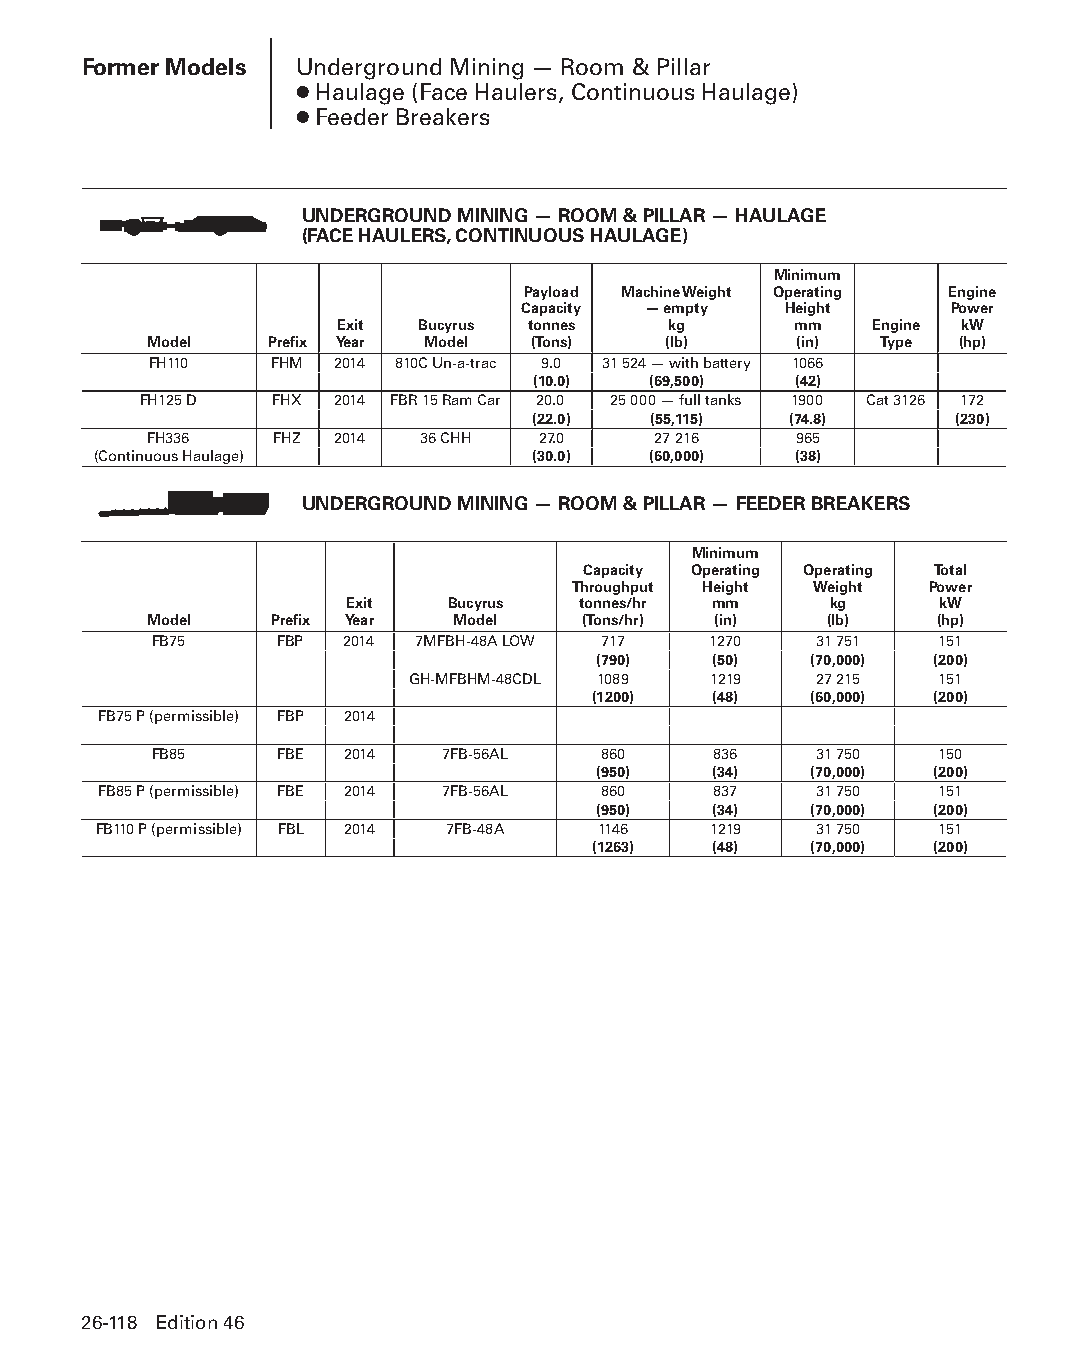
Former Models Underground Mining — Room & Pillar
 ● Haulage (Face Haulers, Continuous Haulage)
 ● Feeder Breakers
 UNDERGROUND MINING — ROOM & PILLAR — HAULAGE
 (FACE HAULERS, CONTINUOUS HAULAGE)
 Minimum
 Payload Machine Weight Operating Engine
 Capacity — empty Height     Power
 Exit Bucyrus tonnes   kg      mm   Engine kW
 Model   Prefix Year Model (Tons)  (lb)     (in)  Type (hp)
 FH110   FHM  2014 810C Un-a-trac 9.0 31 524 — with battery 1066
 (10.0) (69,500)  (42)
 FH125 D FHX  2014 FBR 15 Ram Car 20.0 25 000 — full tanks 1900 Cat 3126 172
 (22.0) (55,115)  (74.8)     (230)
 FH336    FHZ 2014 36 CHH  27.0    27 216   965
 (Continuous Haulage)         (30.0) (60,000)  (38)
 UNDERGROUND MINING — ROOM & PILLAR — FEEDER BREAKERS
 Minimum
 Capacity Operating Operating Total
 Throughput Height Weight Power
 Exit   Bucyrus  tonnes/hr mm    kg      kW
 Model   Prefix Year Model    (Tons/hr) (in)  (lb)   (hp)
 FB75     FBP 2014 7MFBH-48A LOW 717  1270   31 751  151
 (790)   (50)  (70,000) (200)
 GH-MFBHM-48CDL 1089 1219   27 215  151
 (1200)  (48)  (60,000) (200)
 FB75 P (permissible) FBP 2014
 FB85     FBE 2014   7FB-56AL  860     836   31 750  150
 (950)   (34)  (70,000) (200)
 FB85 P (permissible) FBE 2014 7FB-56AL 860 837 31 750  151
 (950)   (34)  (70,000) (200)
 FB110 P (permissible) FBL 2014 7FB-48A 1146 1219 31 750 151
 (1263)  (48)  (70,000) (200)
 26-118 Edition 46
 PPHHBB--SSeecc2266--1166..iinndddd 111188                      1122//44//1155 1111::1188 AAMM